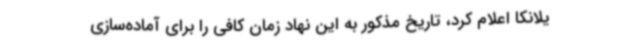
یلانکا اعلام کرد، تاریخ مذکور به این نهاد زمان کافی را برای آماده‌سازی